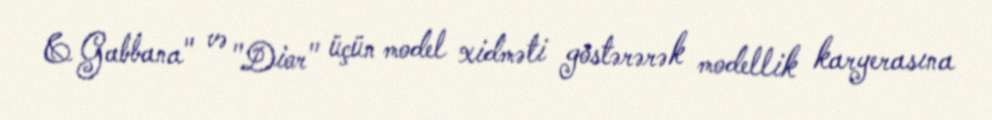
& Gabbana" və "Dior" üçün model xidməti göstərərək modellik karyerasına